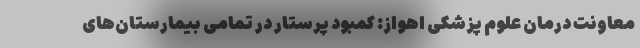
معاونت درمان علوم پزشکی اهواز: کمبود پرستار در تمامی بیمارستان‌های